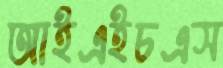
আইএইচএস